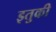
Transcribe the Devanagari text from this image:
इतुकी